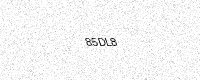
Text: 85DL8